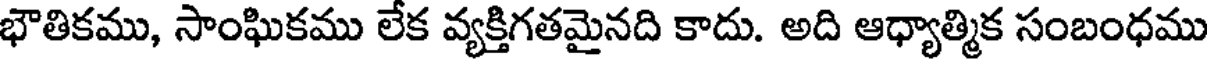
భౌతికము, సాంఘికము లేక వ్యక్తిగతమైనది కాదు. అది ఆధ్యాత్మిక సంబంధము